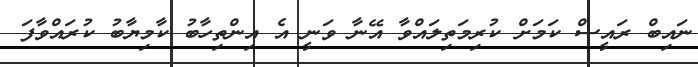
ނައިބް ރައީސް ކަަމަށް ކުރިމަތިލައްވާ އޭނާ ވަނީ އެ އިންތިހާބު ކާމިޔާބު ކުރައްވާފަ